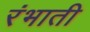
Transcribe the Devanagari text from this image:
रंभाती